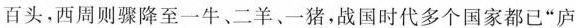
百头，西周则骤降至一牛、二羊、一猪，战国时代多个国家都已”庐